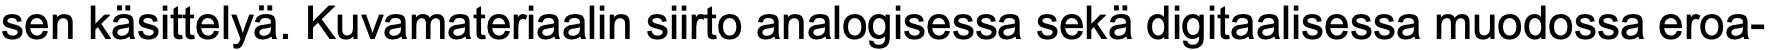
sen käsittelyä. Kuvamateriaalin siirto analogisessa sekä digitaalisessa muodossa eroa-